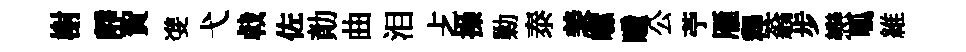
榭靜賀㕠弋㦸佐勣曲泪𠧒操勦泰羡巘瞳公苧雁釋蓊步戀呱維